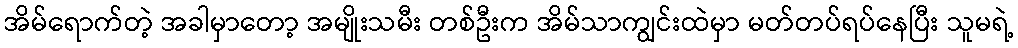
အိမ်ရောက်တဲ့ အခါမှာတော့ အမျိုးသမီး တစ်ဦးက အိမ်သာကျွင်းထဲမှာ မတ်တပ်ရပ်နေပြီး သူမရဲ့